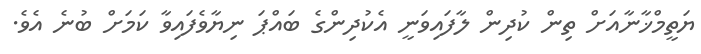
ޔަތީމްޚާނާއަށް ތިން ކުދިން ލާފައިވަނީ އެކުދިންގެ ބައްޕަ ނިޔާވެފައިވާ ކަމަށް ބުނެ އެވެ.